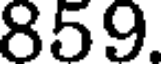
859.